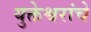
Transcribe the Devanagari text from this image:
युक्तेश्वरांचे